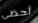
أحظى